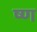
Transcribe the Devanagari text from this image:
ष्ण